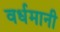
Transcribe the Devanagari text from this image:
वर्धमानी